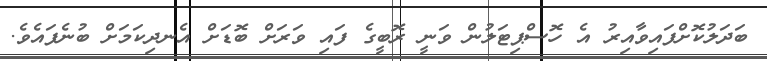
ބަދަލުކޮށްފައިވާއިރު އެ ހޮސްޕިޓަލުން ވަނީ ރޮބީގެ ފައި ވަރަށް ބޮޑަށް އެނދިކަމަށް ބުނެފައެވެ.